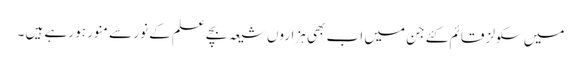
میں سکولز قائم کئے جن میں اب بھی ہزاروں شیعہ بچے علم کے نور سے منور ہو رہے ہیں ۔